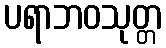
ပရာဘဝသုတ္တ